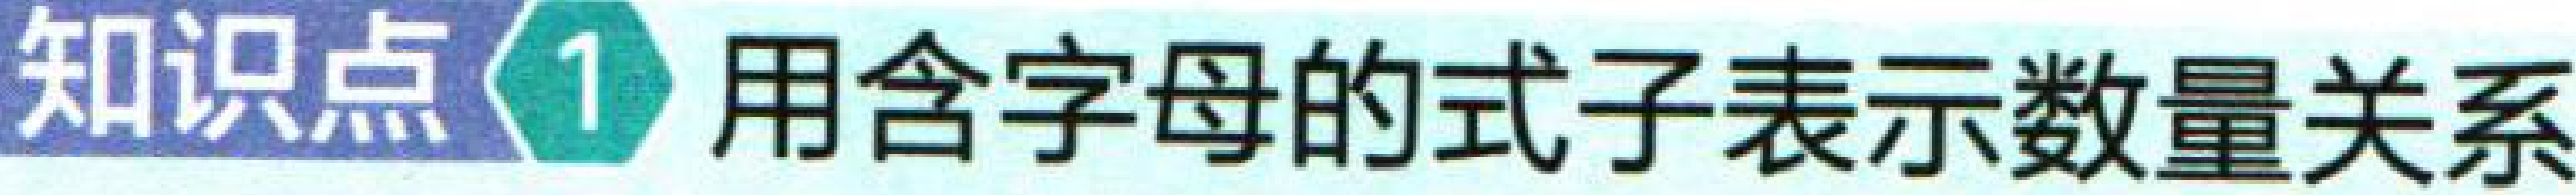
知识点1 用含字母的式子表示数量关系